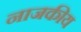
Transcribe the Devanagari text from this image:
नाजकीय